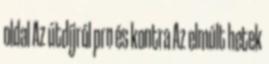
oldal Az útdíjról pro és kontra Az elmúlt hetek